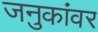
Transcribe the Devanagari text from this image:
जनुकांवर